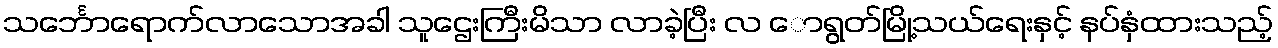
သင်္ဘောရောက်လာသောအခါ သူဌေးကြီးမိသာ လာခဲ့ပြီး လ ောရွတ်မြို့သယ်ရေးနှင့် နပ်နှံထားသည့်